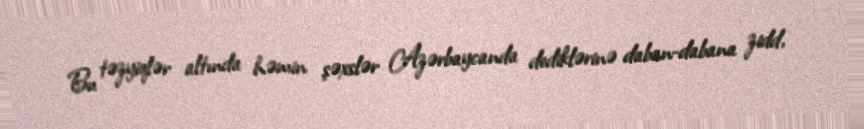
Bu təzyiqlər altında həmin şəxslər Azərbaycanda dediklərinə daban-dabana zidd,